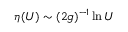
\eta ( U ) \sim ( 2 g ) ^ { - 1 } \ln U